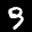
Label: 9